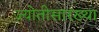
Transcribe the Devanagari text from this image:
ज्योतीसारख्या